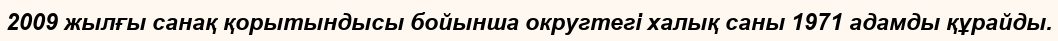
2009 жылғы санақ қорытындысы бойынша округтегі халық саны 1971 адамды құрайды.